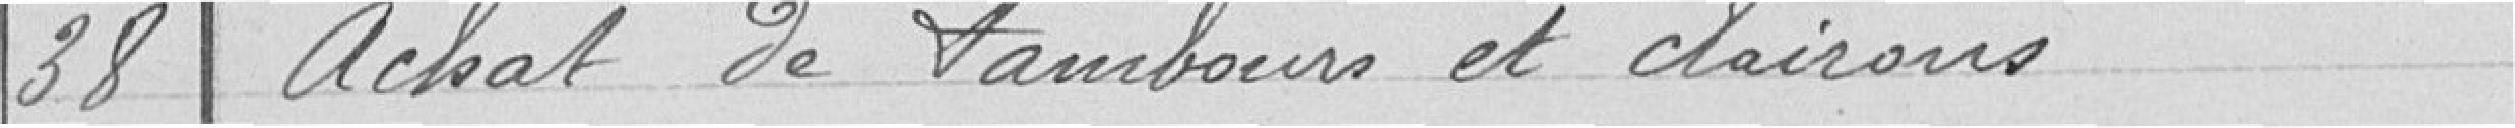
38 A chat de tambours et de clairons